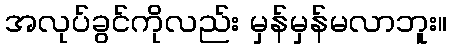
အလုပ်ခွင်ကိုလည်း မှန်မှန်မလာဘူး။